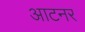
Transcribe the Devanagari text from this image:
आटनर